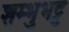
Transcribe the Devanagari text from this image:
शम्भुभट्ट